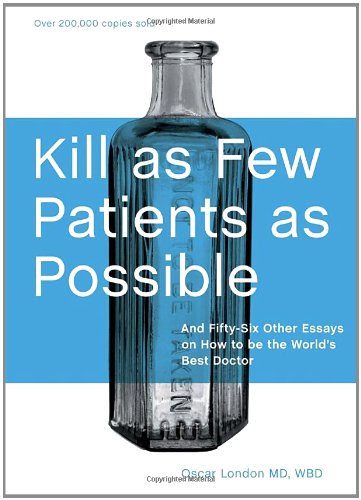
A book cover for Kill as Few Patients as Possible: And Fifty-Six Other Essays on How to Be the World's Best Doctor; Oscar London; Humor & Entertainment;